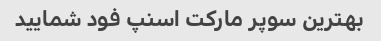
بهترین سوپر مارکت اسنپ فود شمایید